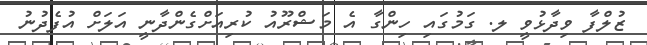
ޒުލްފާ ވިދާޅުވީ ލ. ގަމުގައި ހިންގާ އެ މަޝްރޫއު ކުރިއަށްގެންދާނީ އަލަށް އުފެދުނު